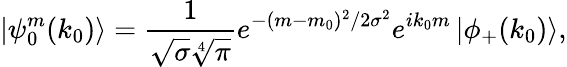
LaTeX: \left|\psi_{0}^{m}(k_{0})\right>=\frac{1}{\sqrt{\sigma}\sqrt[4]{\pi}}e^{-(m-m_{0})^{2}/2\sigma^{2}}e^{ik_{0}m}\left|\phi_{+}(k_{0})\right>,